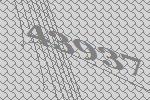
43937